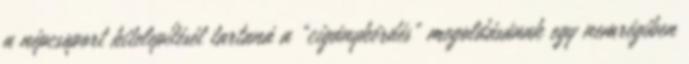
a népcsoport kitelepítését tartaná a "cigánykérdés" megoldásának egy nemrégiben